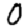
Digit: 0